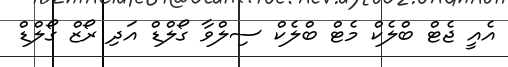
އެއީ ޖެޓް ބްލެކް މެޓް ބްލެކް ސިލްވާ ގޯލްޑް އަދި ރޯޒް ގޯލްޑް